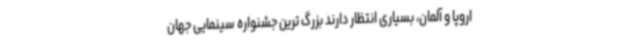
اروپا و آلمان، بسیاری انتظار دارند بزرگ ترین جشنواره سینمایی جهان